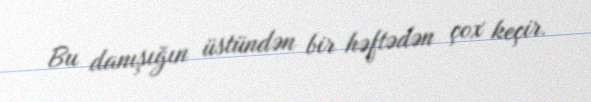
Bu danışığın üstündən bir həftədən çox keçir.